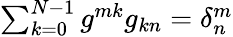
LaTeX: \begin{array}{r}{\sum_{k=0}^{N-1}g^{mk}g_{kn}=\delta_{n}^{m}}\end{array}